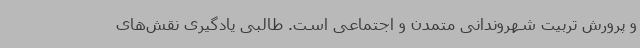
و پرورش تربیت شهروندانی متمدن و اجتماعی است. طالبی یادگیری نقش‌های